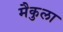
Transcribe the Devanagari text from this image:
मैकुला